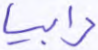
رابيا